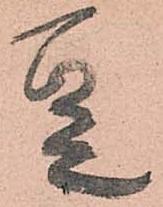
豆